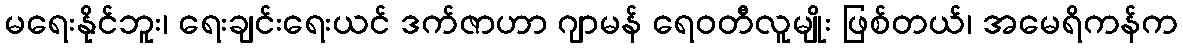
မရေးနိုင်ဘူး၊ ရေးချင်းရေးယင် ဒက်ဇာဟာ ဂျာမန် ရေဝတီလူမျိုး ဖြစ်တယ်၊ အမေရိကန်က